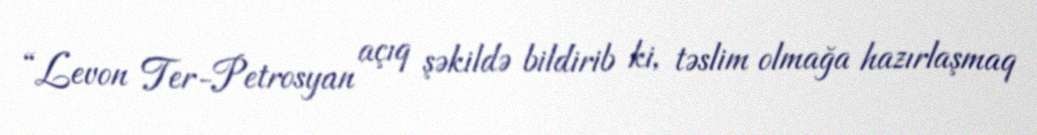
“Levon Ter-Petrosyan açıq şəkildə bildirib ki, təslim olmağa hazırlaşmaq